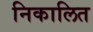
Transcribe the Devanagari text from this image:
निकालित